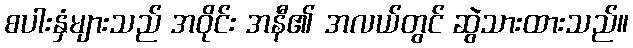
စပါးနှံများသည် အဝိုင်း အနီ၏ အလယ်တွင် ဆွဲသားထားသည်။